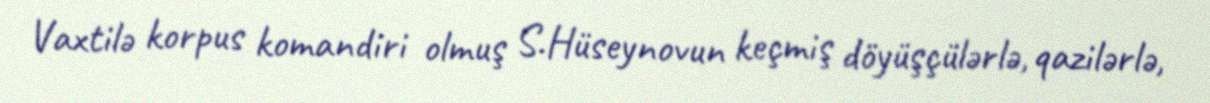
Vaxtilə korpus komandiri olmuş S.Hüseynovun keçmiş döyüşçülərlə, qazilərlə,